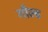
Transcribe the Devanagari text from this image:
गौल्ड